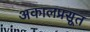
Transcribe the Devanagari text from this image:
अकालप्रसूत